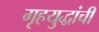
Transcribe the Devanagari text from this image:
गृहयुद्धांची